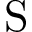
\mathrm { S }